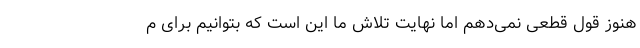
هنوز قول قطعی نمی‌دهم اما نهایت تلاش ما این است که بتوانیم برای م